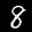
Label: 8